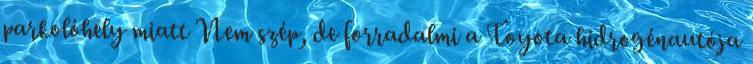
parkolóhely miatt Nem szép, de forradalmi a Toyota hidrogénautója